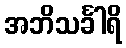
အဘိသင်္ခါရိ